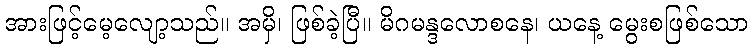
အားဖြင့်မေ့လျော့သည်။ အမှိ၊ ဖြစ်ခဲ့ပြီ။ မိဂမန္ဒလောစနေ၊ ယနေ့ မွေးစဖြစ်သော